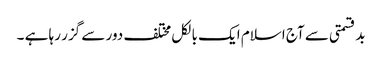
بدقسمتی سے آج اسلام ایک بالکل مختلف دور سے گزر رہا ہے ۔